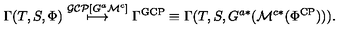
\Gamma ( T , S , \Phi ) \stackrel { \mathcal { G C P } [ G ^ { a } \mathcal { M } ^ { c } ] } { \longmapsto } \Gamma ^ { \mathrm { G C P } } \equiv \Gamma ( T , S , G ^ { a * } ( \mathcal { M } ^ { c * } ( \Phi ^ { \mathrm { C P } } ) ) ) .